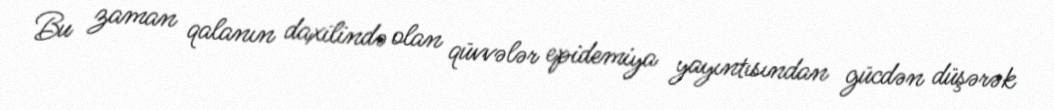
Bu zaman qalanın daxilində olan qüvvələr epidemiya yayıntısından gücdən düşərək